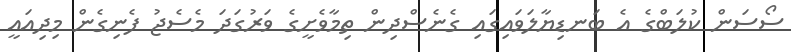
ސޯސަން ކުލަބްގެ އެ ބަނޑިޔާލަވައިގައި ގެނެސްދިން ތިމާވެށީގެ ވަރުގަދަ މެސެޖު ފެނިގެން މިދިއައީ